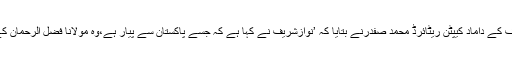
ملاقات کے بعد نواز شریف کے داماد کیپٹن ریٹائرڈ محمد صفدرنے بتایا کہ ’نوازشریف نے کہا ہے کہ جسے پاکستان سے پیار ہے،وہ مولانا فضل الرحمان کے ساتھ ضرور جائے گا‘۔